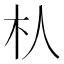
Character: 朲